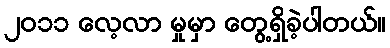
၂၀၁၁ လေ့လာ မှုမှာ တွေ့ရှိခဲ့ပါတယ်။